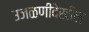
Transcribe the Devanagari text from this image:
उजळणीदेखील